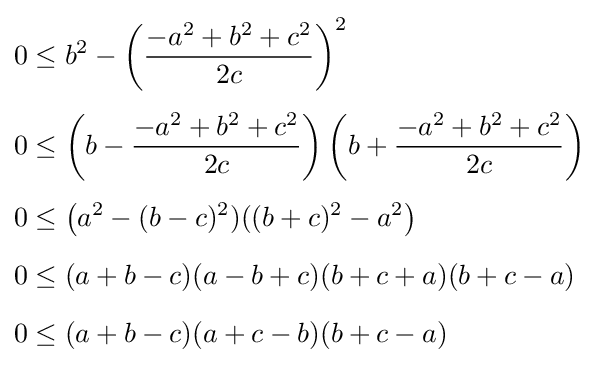
{\begin{aligned}0&\leq b^{2}-\left({\frac {-a^{2}+b^{2}+c^{2}}{2c}}\right)^{2}\\[4pt]0&\leq \left(b-{\frac {-a^{2}+b^{2}+c^{2}}{2c}}\right)\left(b+{\frac {-a^{2}+b^{2}+c^{2}}{2c}}\right)\\[4pt]0&\leq \left(a^{2}-(b-c)^{2})((b+c)^{2}-a^{2}\right)\\[6pt]0&\leq (a+b-c)(a-b+c)(b+c+a)(b+c-a)\\[6pt]0&\leq (a+b-c)(a+c-b)(b+c-a)\end{aligned}}